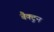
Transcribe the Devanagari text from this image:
बैक्टुन